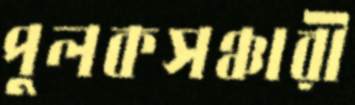
পুলকসঞ্চারী